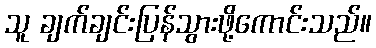
သူ ချက်ချင်းပြန်သွားဖို့ကောင်းသည်။